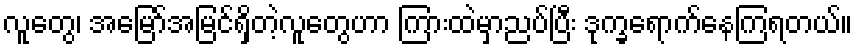
လူတွေ၊ အမြော်အမြင်ရှိတဲ့လူတွေဟာ ကြားထဲမှာညပ်ပြီး ဒုက္ခရောက်နေကြရတယ်။